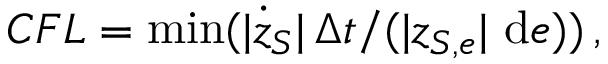
C F L = \operatorname* { m i n } ( | \dot { z } _ { S } | \, \Delta t / ( | z _ { S , e } | \, \, \mathrm { d } e ) ) \, ,